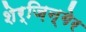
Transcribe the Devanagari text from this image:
शेर्ज़िन्गेर